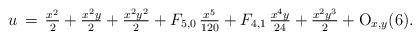
LaTeX: \begin{align*}u\,=\,\tfrac{x^2}{2}+\tfrac{x^2y}{2}+\tfrac{x^2y^2}{2}+F_{5,0}\,\tfrac{x^5}{120}+F_{4,1}\,\tfrac{x^4y}{24}+\tfrac{x^2y^3}{2}+{\rm O}_{x,y}(6).\end{align*}